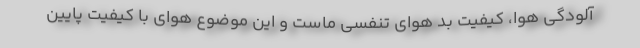
آلودگی هوا، کیفیت بد هوای تنفسی ماست و این موضوع هوای با کیفیت پایین